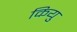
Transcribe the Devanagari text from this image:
कियु